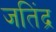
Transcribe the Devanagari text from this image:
जतिंद्र